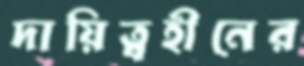
দায়িত্বহীনের